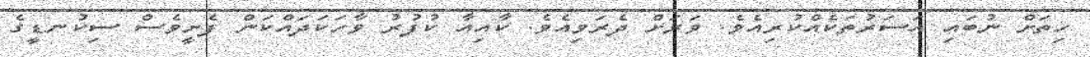
ހިތަށް ނުބައި އަސަރުތަކެއްކުރިއެވެ. ވަރަށް ދެރަވިއެވެ. ކާއިއާ ކުފުރު ވާހަކަދައްކަން ފެށީވެސް ސިކުނޑީގެ